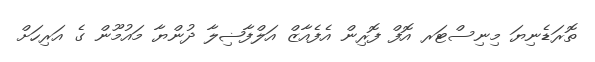
ތޮރަޑެނިޔަ މިނިސްޓަރ އޮފް ފޮރިން އެފެއާޒް އަލްފާޟިލާ ދުންޔާ މައުމޫން ގެ އަރިހަށް